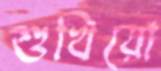
শুখিয়ো